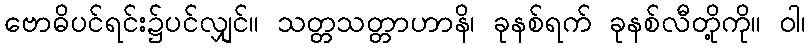
ဗောဓိပင်ရင်း၌ပင်လျှင်။ သတ္တသတ္တာဟာနိ၊ ခုနစ်ရက် ခုနစ်လီတို့ကို။ ဝါ၊